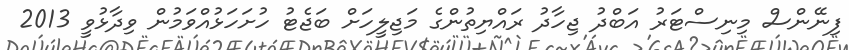
ފިނޭންސް މިނިސްޓަރު އަބްދު ޖިހާދު ރައްޔިތުންގެ މަޖިލީހަށް ބަޖެޓު ހުށަހަޅުއްވަމުން ވިދާޅުވީ 2013